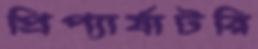
প্রিপ্যার্যাটরি